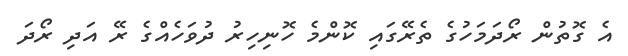
އެ ގޮތުން ރޯދަމަހުގެ ތެރޭގައި ކޮންމެ ހޮނިހިރު ދުވަހެއްގެ ރޭ އަދި ރޯދަ